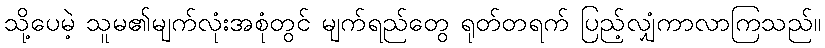
သို့ပေမဲ့ သူမ၏မျက်လုံးအစုံတွင် မျက်ရည်တွေ ရုတ်တရက် ပြည့်လျှံကာလာကြသည်။